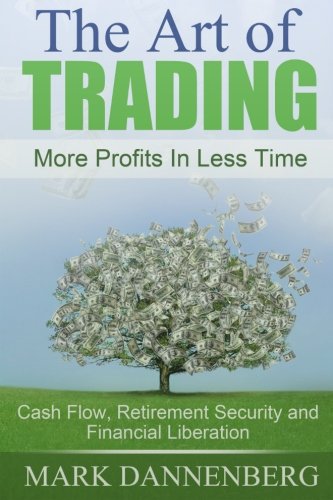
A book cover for The Art of Trading: Cash Flow, Retirement Security and Financial Liberation; Mark Dannenberg; Business & Money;